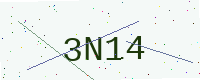
Text: 3N14